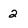
Character: 2